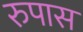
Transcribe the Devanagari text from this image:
रुपास